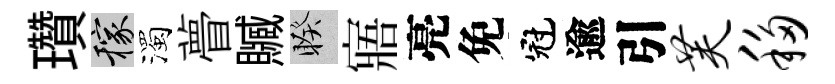
瓚稼濁瞢贓睽寤亮免冠逾引芙移